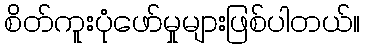
စိတ်ကူးပုံဖော်မှုများဖြစ်ပါတယ်။